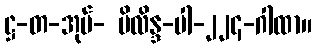
ဋ္ဌ-တ-အုပ်- မိလိန္ဒ-ပါ-၂၂၄-ဂါထာ။